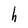
Character: h